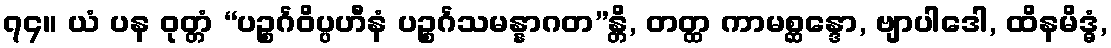
၇၄။ ယံ ပန ဝုတ္တံ “ပဉ္စင်္ဂဝိပ္ပဟီနံ ပဉ္စင်္ဂသမန္နာဂတ”န္တိ, တတ္ထ ကာမစ္ဆန္ဒော, ဗျာပါဒေါ, ထိနမိဒ္ဓံ,